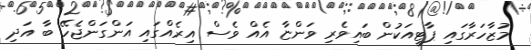
މުޒާހަރާގައި ޕާޓީއަކުން ބައިވެރި ވަންޏާ އެއް ވެސް އިރެއްގައި އަންގަންޖެހޭ ބާ އަދި